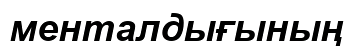
менталдығының